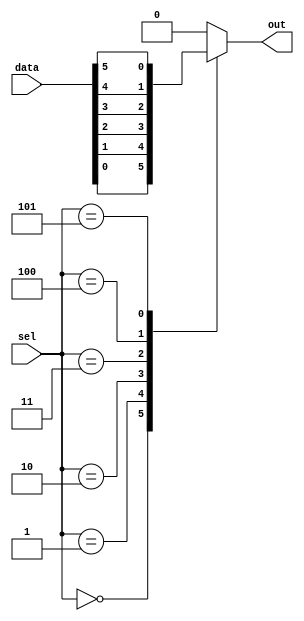
module mux64to1 (
    input [63:0] data,
    input [5:0] sel,
    output reg out
);

always @(*)
begin
    case(sel)
        6'b000000: out = data[0];
        6'b000001: out = data[1];
        6'b000010: out = data[2];
        6'b000011: out = data[3];
        6'b000100: out = data[4];
        6'b000101: out = data[5];
        // and so on for all 64 input signals
        default: out = 0;
    endcase
end

endmodule